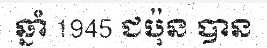
ឆ្នាំ 1945 ជប៉ុន បាន